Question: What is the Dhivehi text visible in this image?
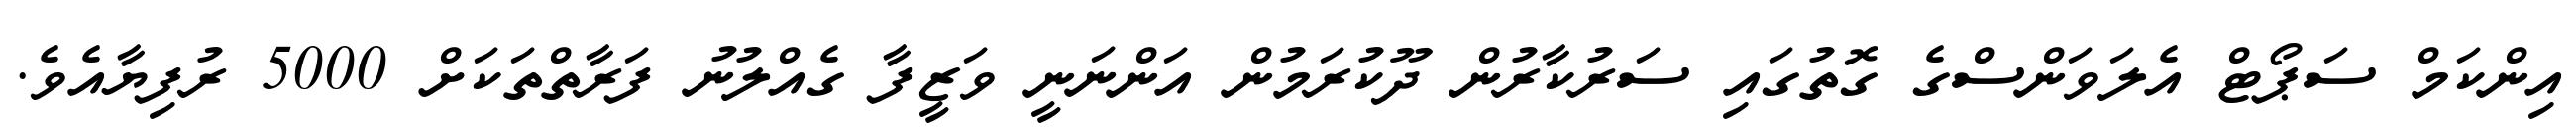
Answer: އިންކަމް ސަޕޯޓް އެލަވަންސްގެ ގޮތުގައި ސަރުކާރުން ދޫކުރަމުން އަންނަނީ ވަޒީފާ ގެއްލުނު ފަރާތްތަކަށް 5000 ރުފިޔާއެވެ.